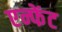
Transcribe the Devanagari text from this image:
एन्फेंट